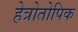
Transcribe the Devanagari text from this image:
हेत्रोतोपिक